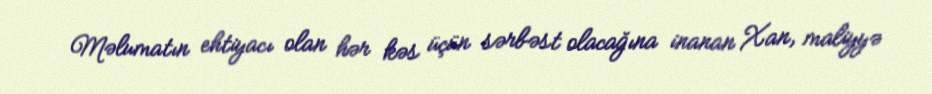
Məlumatın ehtiyacı olan hər kəs üçün sərbəst olacağına inanan Xan, maliyyə